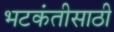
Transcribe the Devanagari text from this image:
भटकंतीसाठी